Notes on the propagation and cultivation of the medicinal cinchonas, or Peruvian bark trees
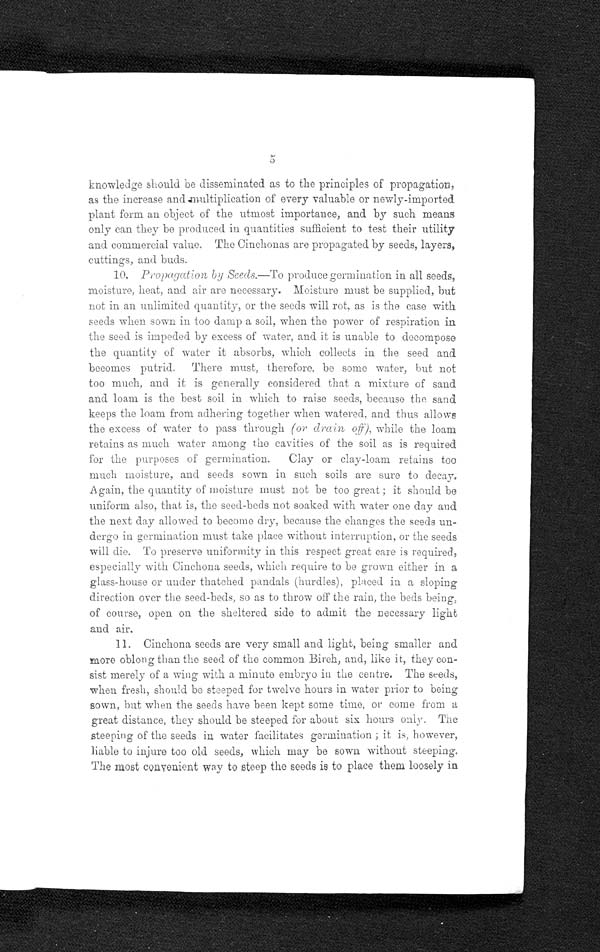
5
knowledge should be disseminated as to the principles of propagation,
as the increase and multiplication of every valuable or newly-imported
plant form an object of the utmost importance, and by such means
only can they be produced in quantities sufficient to test their utility
and commercial value. The Cinchonas are propagated by seeds, layers,
cuttings, and buds.
10, Propagation by Seeds.— To produce germination in all seeds,
moisture, heat, and air are necessary. Moisture must be supplied, but
not in an unlimited quantity, or the seeds will rot, as is the case with
seeds when sown in too damp a soil, when the power of respiration in
the seed is impeded by excess of water, and it is unable to decompose
the quantity of water it absorbs, which collects in the seed and
becomes putrid. There must, therefore, be some water, but not
too much, and it is generally considered that a mixture of sand
and loam is the best soil in which to raise seeds, because the sand
keeps the loam from adhering together when watered, and thus allows
the excess of water to pass through (or drain off), while the loam
retains as much water among the cavities of the soil as is required
for the purposes of germination. Clay or clay-loam retains too
much moisture, and seeds sown in such soils are sure to decay.
Again, the quantity of moisture must not be too great ; it should be
uniform also, that is, the seed-beds not soaked with water one day and
the next day allowed to become dry, because the changes the seeds un
-dergo in germination must take place without interruption, or the seeds
will die. To preserve uniformity in this respect great care is required,
especially with Cinchona seeds, which require to be grown either in a
glass-house or under thatched pandals (hurdles), placed in a sloping
direction over the seed-beds, so as to throw off the rain, the beds being,
of course, open on the sheltered side to admit the necessary light
and air.
11. Cinchona seeds are very small and light, being smaller and
more oblong than the seed of the common Birch, and, like it, they con
-sist merely of a wing with a minute embryo in the centre. The seeds,
when fresh, should be steeped for twelve hours in water prior to being
sown, but when the seeds have been kept some time, or come from a
great distance, they should be steeped for about six hours only. The
steeping of the seeds in water facilitates germination ; it is, however,
liable to injure too old seeds, which may be sown without steeping,
The most convenient way to steep the seeds is to place them loosely in